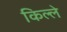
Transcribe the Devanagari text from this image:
किल्‍ले